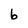
Character: b